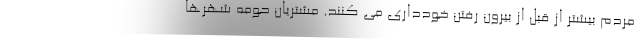
مردم بیشتر از قبل از بیرون رفتن خودداری می کنند. مشتریان حومه شهرها